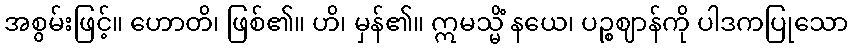
အစွမ်းဖြင့်။ ဟောတိ၊ ဖြစ်၏။ ဟိ၊ မှန်၏။ ဣမသ္မိံ နယေ၊ ပဉ္စဈာန်ကို ပါဒကပြုသော